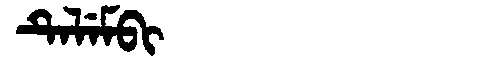
Manchu: ᡨᡝᠯᡝᠮᠪᡳ
Romanization: TELEMBI